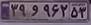
۳۹و۹۶۲۵۳